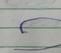
Signature authenticity: forged